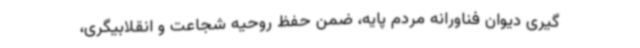
گیری دیوان فناورانه مردم پایه، ضمن حفظ روحیه شجاعت و انقلابیگری،